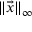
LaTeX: \| { \vec { x } } \| _ { \infty }